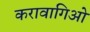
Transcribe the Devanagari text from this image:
करावागिओ